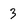
Character: 3